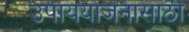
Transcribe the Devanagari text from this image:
उपाययोजनांसाठी